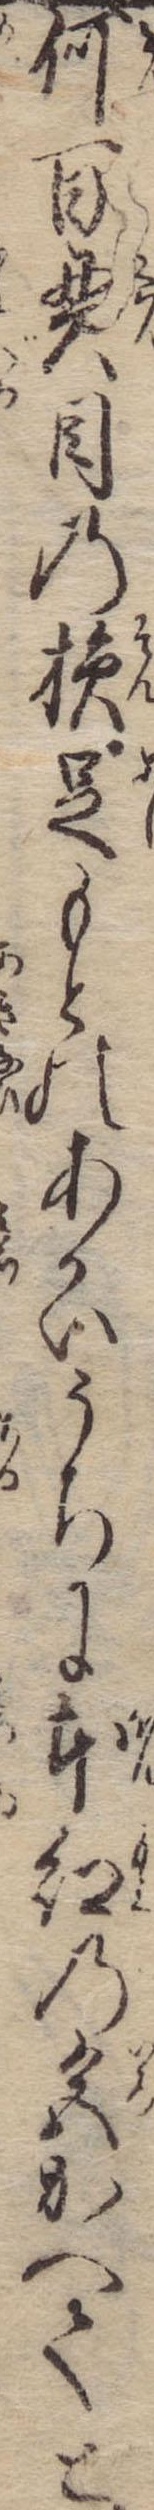
何百貫目の損足もとのあかいうちに本紅の色かへてと